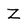
Character: Z